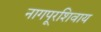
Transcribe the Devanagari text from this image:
नागपूरशिवाय